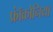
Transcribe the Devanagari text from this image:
फ्रॉंकोनिया